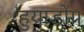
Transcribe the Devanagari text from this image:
हुयाडोंग